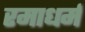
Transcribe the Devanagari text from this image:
रमाधर्म